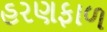
હરણફાળ